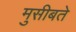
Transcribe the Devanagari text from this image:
मुसीबते